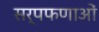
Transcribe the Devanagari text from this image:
सर्पफणाओं